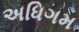
અધિગમ